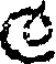
C